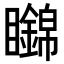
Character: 𥌹